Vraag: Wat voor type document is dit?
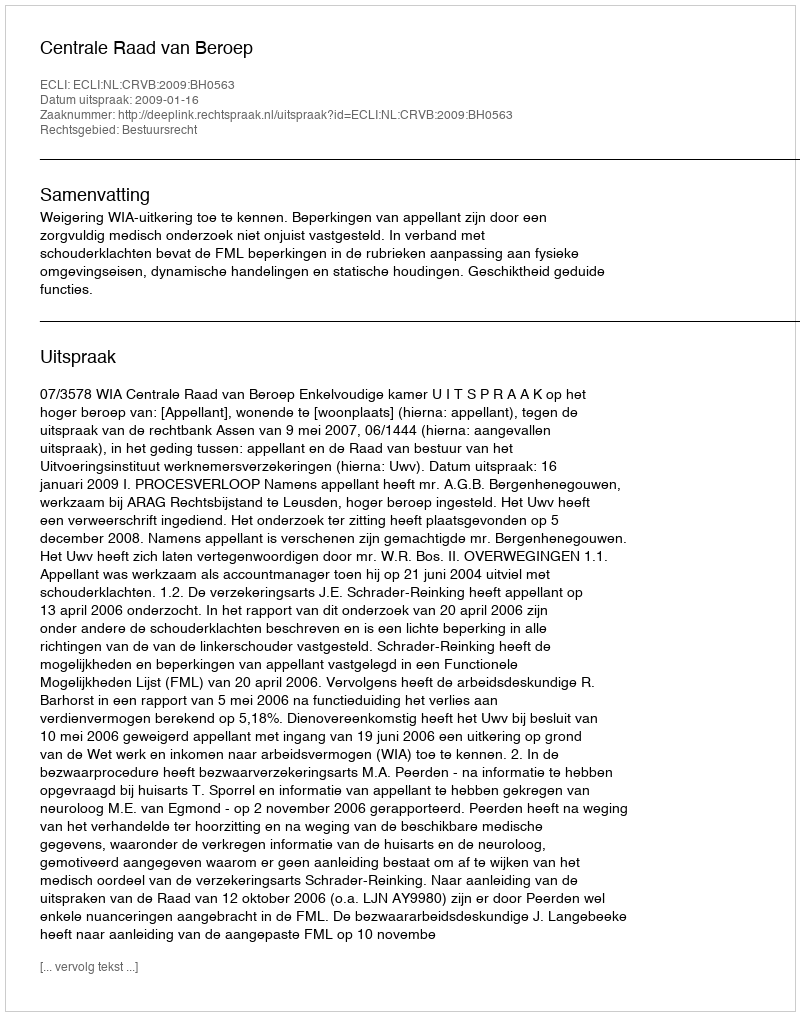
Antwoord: Uitspraak